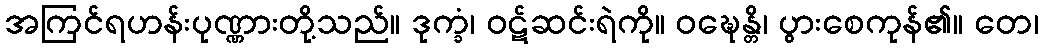
အကြင်ရဟန်းပုဏ္ဏားတို့သည်။ ဒုက္ခံ၊ ဝဋ်ဆင်းရဲကို။ ဝဍ္ဎေန္တိ၊ ပွားစေကုန်၏။ တေ၊